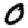
Digit: 0